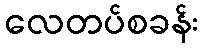
လေတပ်စခန်း